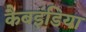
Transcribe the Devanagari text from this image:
कैबइंडिया